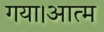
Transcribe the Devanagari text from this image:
गया।आत्म